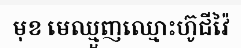
មុខ មេឈ្មួញឈ្មោះហ៊ូជីវ៉ៃ